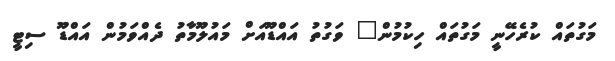
މަގުތައް ކުރެހޭނީ މަގުތައް ހިކުމުން" ވަގުތު އައްޑޫއަށް މައުލޫމާތު ދެއްވަމުން އައްޑޫ ސިޓީ